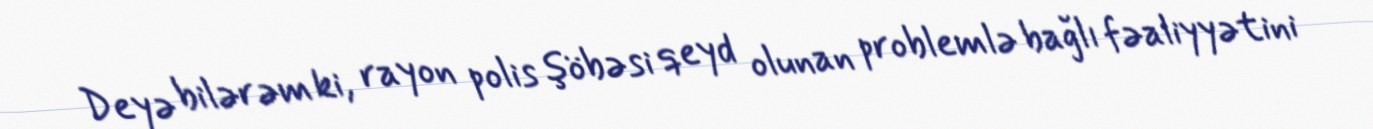
Deyə bilərəm ki, rayon polis şöbəsi qeyd olunan problemlə bağlı fəaliyyətini